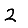
Digit: 2